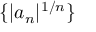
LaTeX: \{ | a _ { n } | ^ { 1 / n } \}